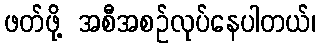
ဖတ်ဖို့ အစီအစဉ်လုပ်နေပါတယ်၊